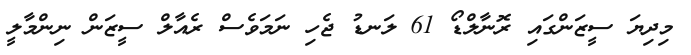
މިދިޔަ ސީޒަންގައި ރޮނާލްޑޯ 61 ލަނޑު ޖެހި ނަމަވެސް ރެއާލް ސީޒަން ނިންމާލީ